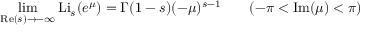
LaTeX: \operatorname* { l i m } _ { \operatorname { R e } ( s ) \to - \infty } \operatorname { L i } _ { s } ( e ^ { \mu } ) = \Gamma ( 1 - s ) ( - \mu ) ^ { s - 1 } \qquad ( - \pi < \operatorname { I m } ( \mu ) < \pi )